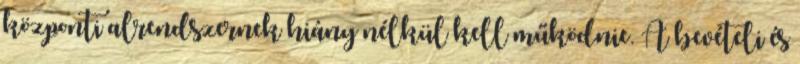
központi alrendszernek hiány nélkül kell működnie. A bevételi és